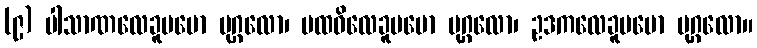
(၉) ပါသာဏလေခူပမော ပုဂ္ဂလော၊ ပထဝိလေခူပမော ပုဂ္ဂလော၊ ဥဒကလေခူပမော ပုဂ္ဂလော။